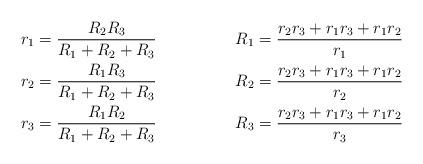
LaTeX: \begin{align*} r_1 &= \frac{R_2 R_3}{R_1+R_2+R_3} & R_1 &= \frac{r_2 r_3 + r_1 r_3 + r_1 r_2}{r_1} \\ r_2 &= \frac{R_1 R_3}{R_1+R_2+R_3} & R_2 &= \frac{r_2 r_3 + r_1 r_3 + r_1 r_2}{r_2} \\ r_3 &= \frac{R_1 R_2}{R_1+R_2+R_3} & R_3 &= \frac{r_2 r_3 + r_1 r_3 + r_1 r_2}{r_3}\end{align*}